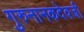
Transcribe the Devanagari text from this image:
गुरुनानकदेवजी